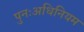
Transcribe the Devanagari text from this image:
पुनःअधिनियम